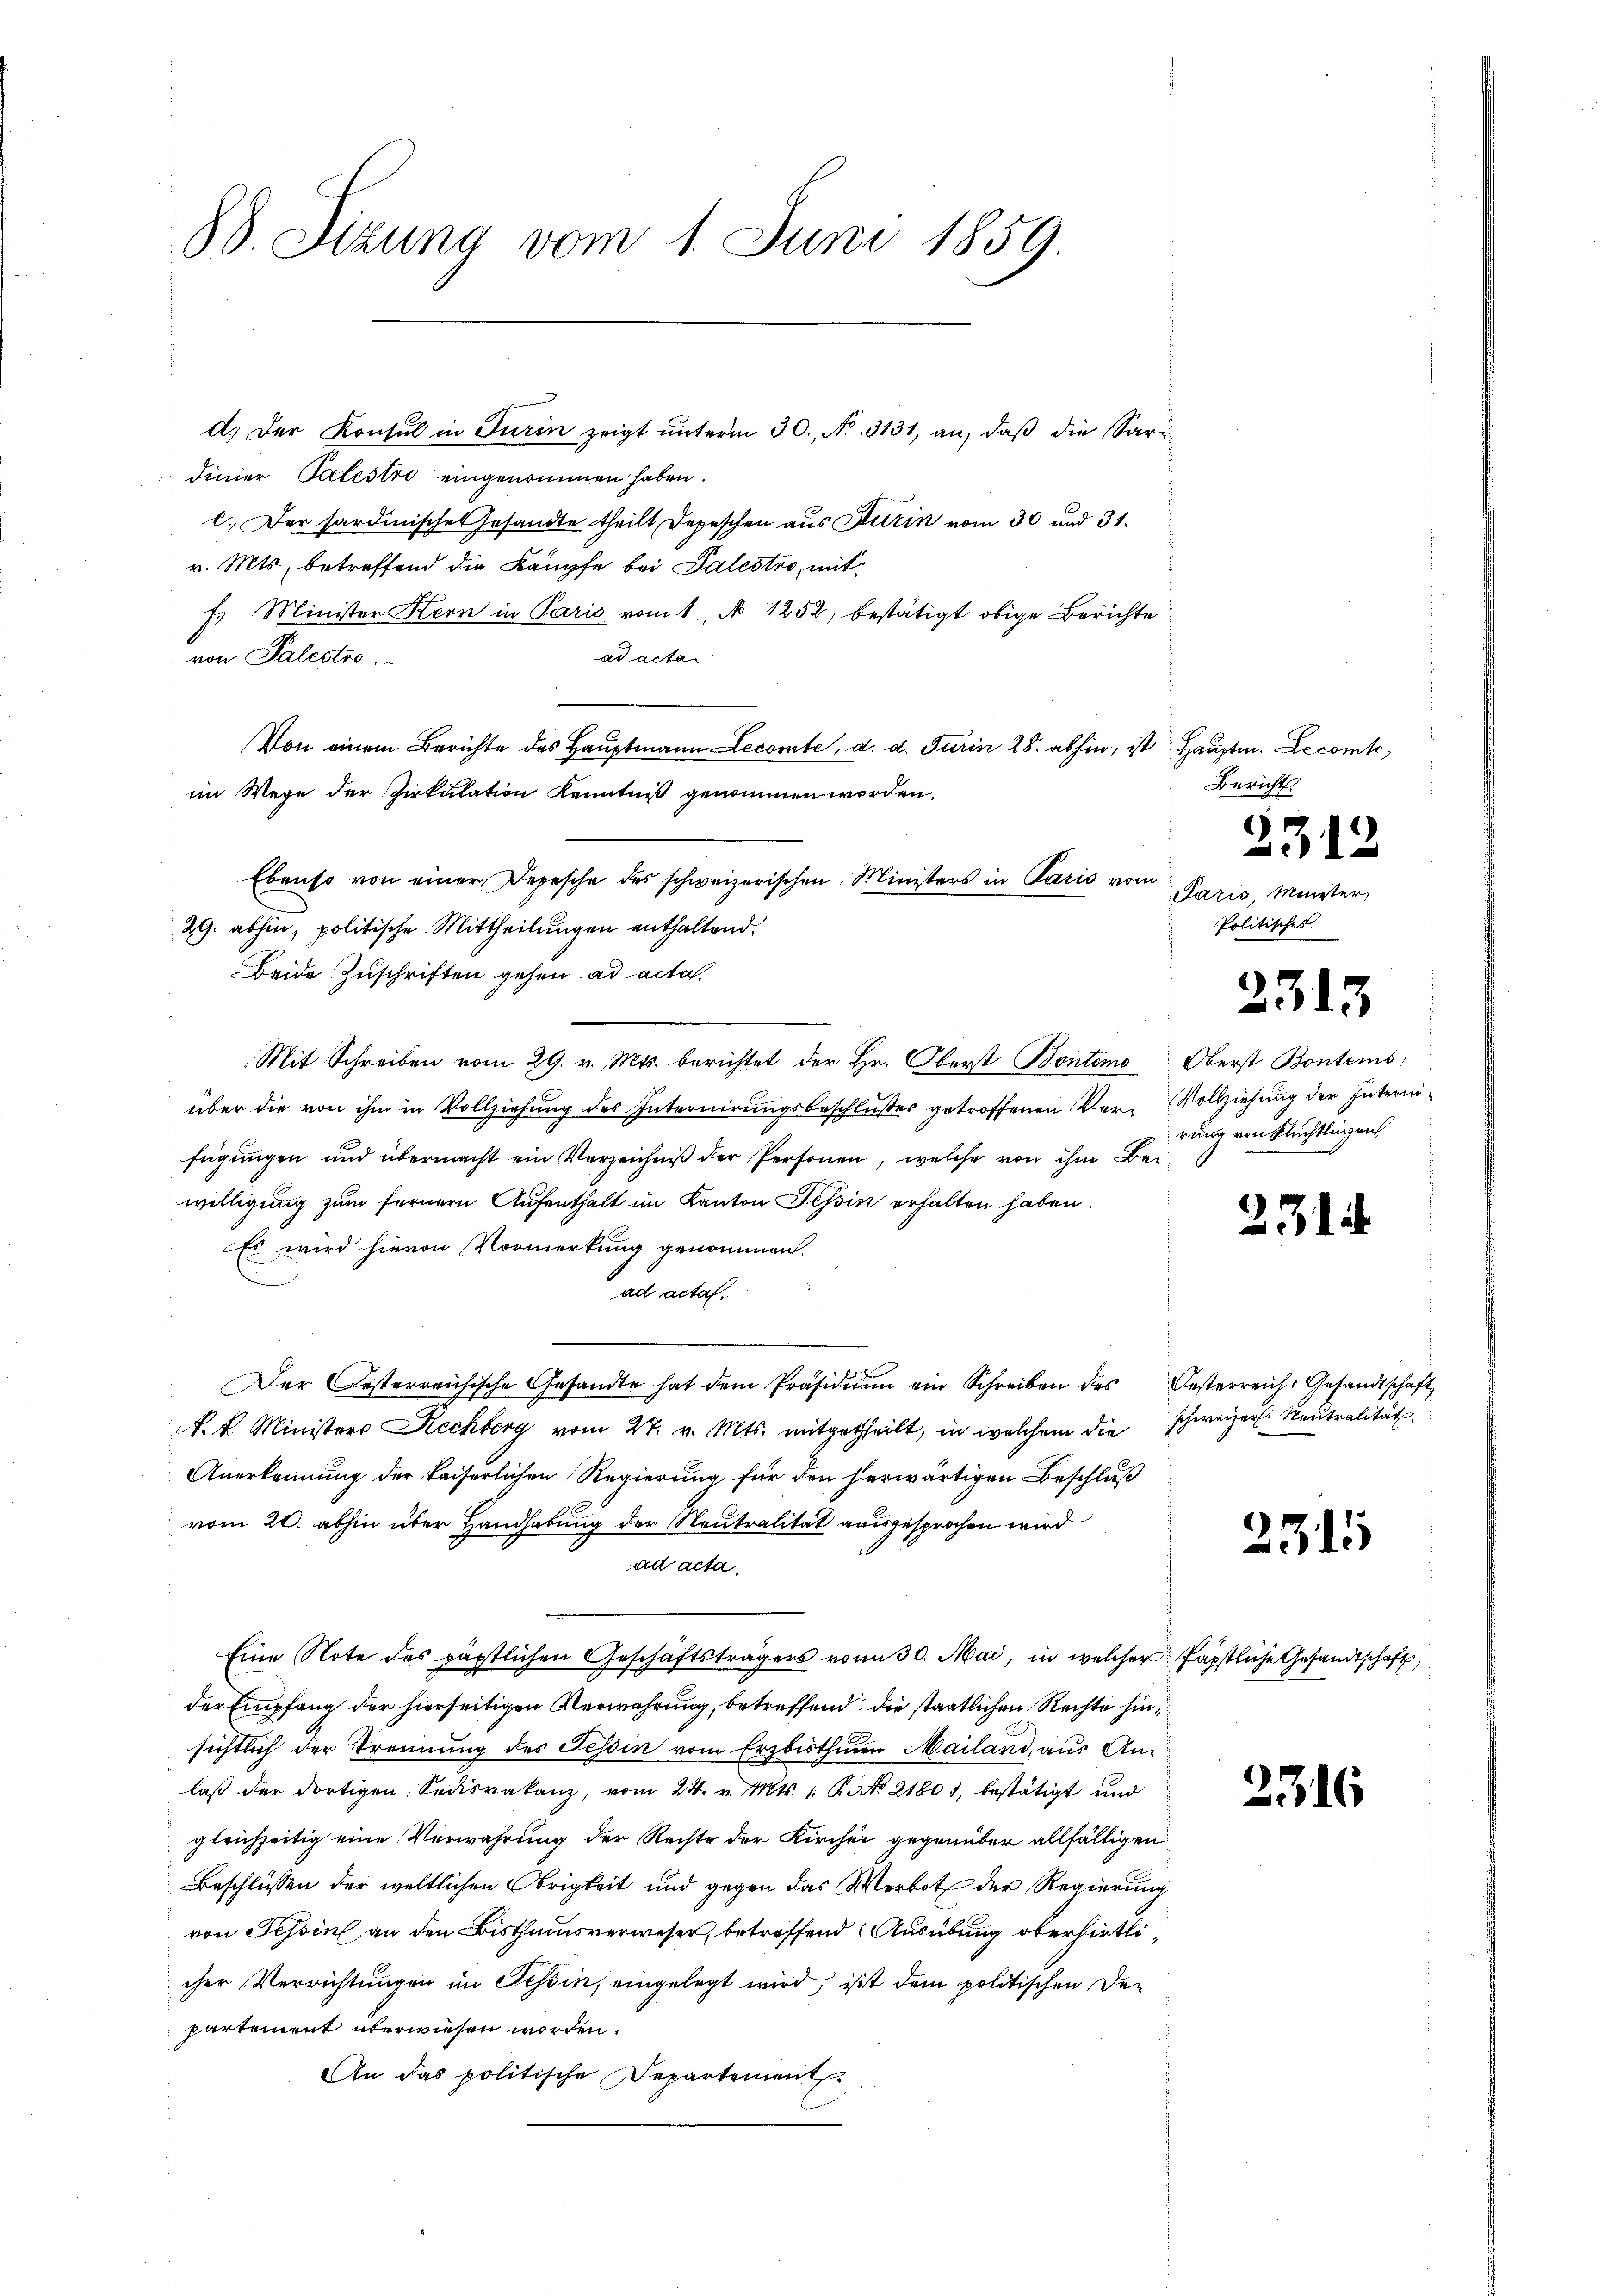
B. Situng vom 1. Juni 1859.

d. Der Konsul in Turin zeigt ŭnterm 30. No. 3131, an, daβ die Sari-
dinier Talestro eingenommen haben.
c. Der Sardinisches Gesandte theilt Depeschen aus Kurin vom 30 und 31.
v. Mts., betreffend die Kampfe bei Palestro, mit
F. Minister Hern in Paris vom 1., N. 1252, bestätigt obige Berichte
ad acta
von Palestro
Von einem Berichte des Hauptmann Lecomte, d. d. Jurin 28. abhin, ist Hauptm. Decomte,
im Wege der Zirkulation Kenntniß genommen worden.
Ebenso von einer Depesche des schweizerischen Ministers in Paris vom
29. abhin, politische Mittheilungen enthaltend.
Beide Zuschriften gehen ad acta.
Mit Schreiben vom 29. v. Mts. berichtet der Hr. Oberst Kontois Oberst Bontems,
über die von ihm in Vollziehung des Internirungsbeschlußes getroffenen Ver-Vollziehung der Internifügungen und übermacht ein Vorzeichniß der Personen, welche von ihm Beiwilligung zum fernern Aufenthalt im Kanton Tessin erhalten haben.
Es wird hievon Vormerkung genommen.
ad acta.
Der Gesterreichische Gesandte hat dem Präsidiŭm ein Schreiben des Oesterreich: Gesandtschaft
k. k. Ministers Rechberg vom 27. v. Mts. mitgetheilt, in welchem die schweizer Reutralität
Anerkennung der kaiserlichen Regierung für den herwärtigen Beschluß
vom 20. abhin über Handhabung der Neutralität ausgesprochen wird
ad acta.
Eine Note des päptlichen Geschäftsträgers vom 30. Mai, in welcher fäpstliche Gesandtschaft,
der Empfang der hierseitigen Verwahrung, betreffend die staatlichen Rechte hinsichtlich der Trennung des Tessin vom Erzbisthung Mailand, aus Anlaβ der dortigen Sedisvakanz, vom 24. v. Mts. 1. No 21801, bestätigt und
gleichzeitig eine Verwahrung der Rechte der Kircher gegenüber allfälligen
Beschlüssen der weltlichen Obrigkeit und gegen das Werbot der Regierung
von Tessin an den Bisthumsverweser, betreffend Ausübung oberhietlicher Verrichtungen im Tessin, eingelegt wird, ist dem politischen Departement überwiesen worden.
An das politische Departement

Bericht.
)
12
Paris, Minister
Politisches.

2313

rung von Flüchtlingen

2314

2315

2316